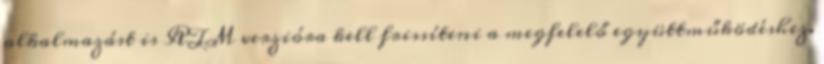
alkalmazást is RTM verzióra kell frissíteni a megfelelő együttműködéshez.